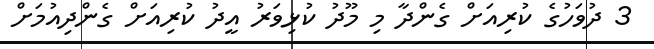
3 ދުވަހުގެ ކުރިއަށް ގެންދާ މި މޫދު ކުޅިވަރު އީދު ކުރިއަށް ގެންދިއުމަށް